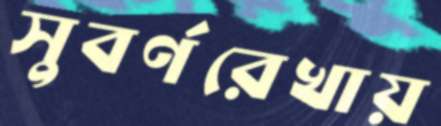
সুবর্ণরেখায়